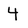
Character: 4